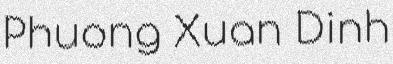
Phuong Xuan Dinh